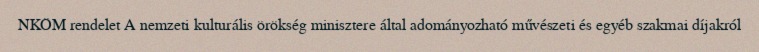
NKÖM rendelet A nemzeti kulturális örökség minisztere által adományozható művészeti és egyéb szakmai díjakról